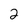
Character: 2